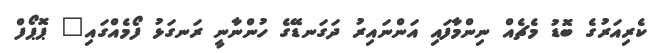
ކެރިއަރުގެ ބޮޑު މެޗެއް ނިންމާފައި އަންނައިރު ދަގަނޑޭގެ ހުންނާނީ ރަނގަޅު ފޯމެއްގައި" ޕޮޕޯފް